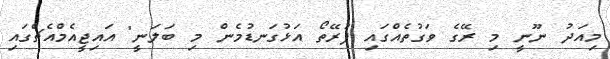
މިއަދު ނޫނީ މި ރޭގެ ވަގުތެއްްގައި ފުރޭތޯ އަޅުގަނޑުމެން މި ބަލަނީ" އައިޖީއެމްއެޗްގައި